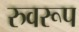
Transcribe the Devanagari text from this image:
रुवरूप